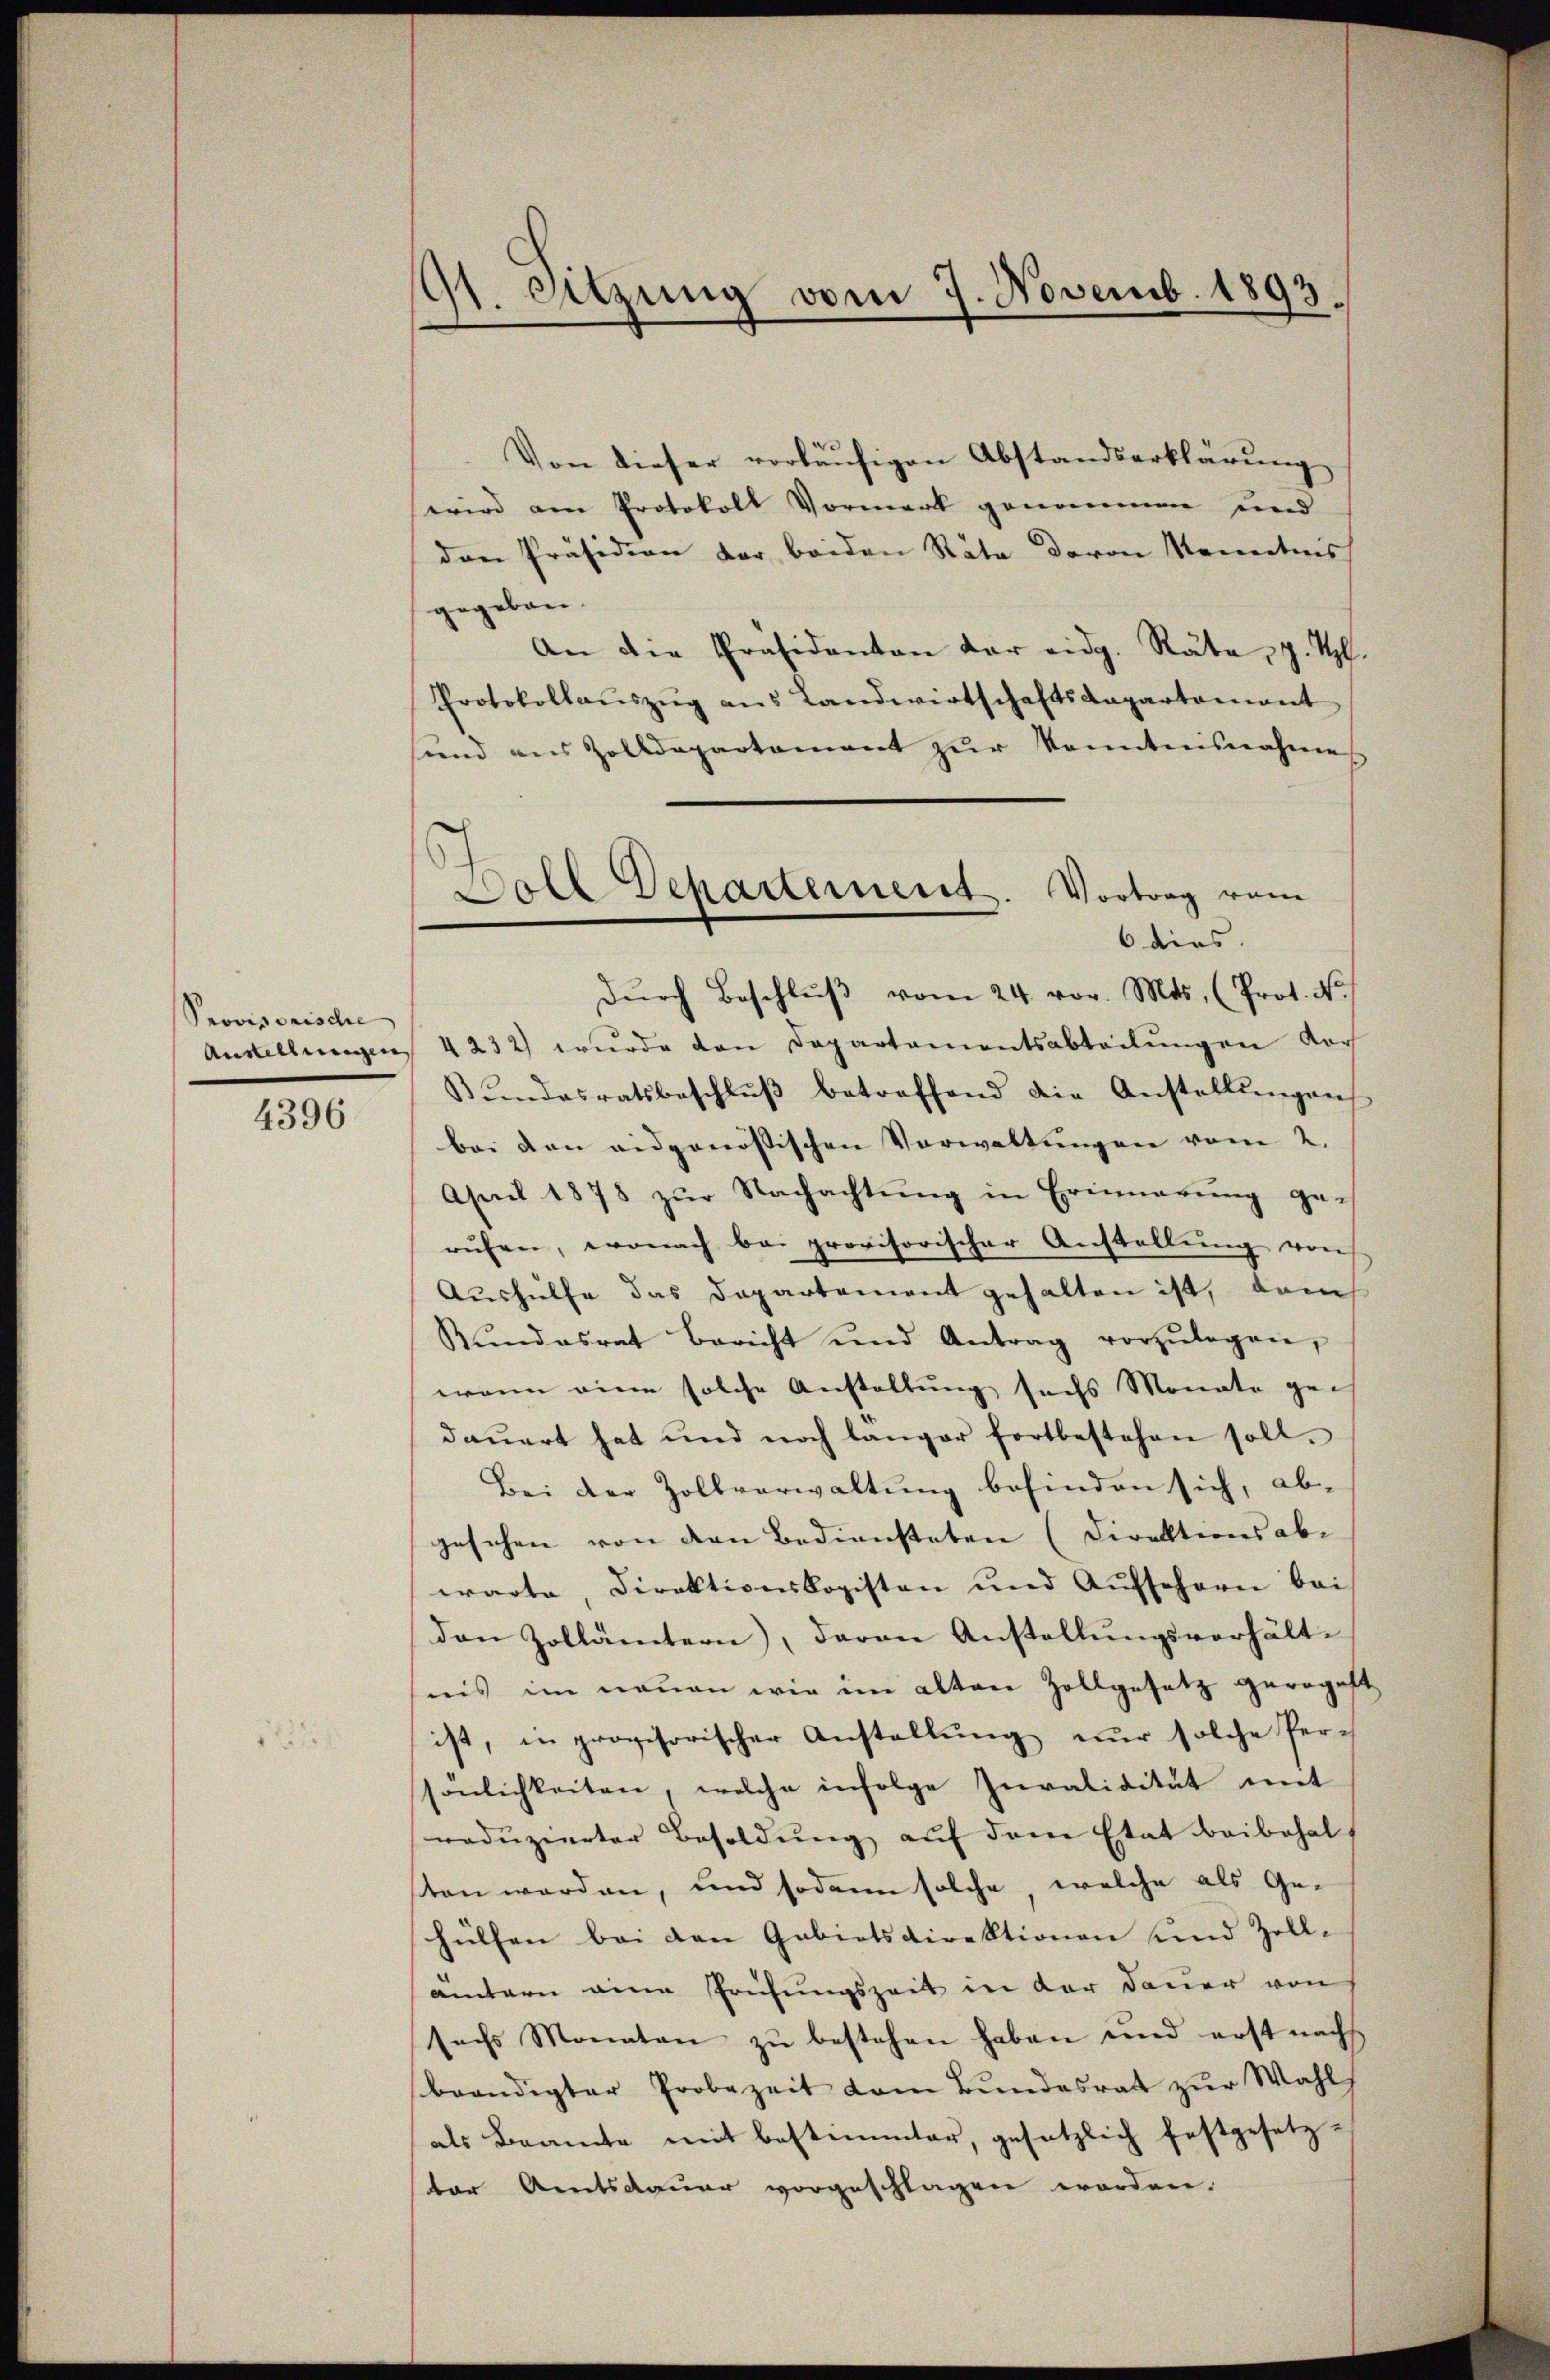
Provisorische
Anstellungen

4396

dt. Sitzung vom 7. Novemb. 1893.

Von dieser vorläufigen Abstandserklärung
wird am Protokoll Vormerk genommen und
den Präsidion der beiden Räte davon Sonntens
gegeben.
An die Präsidenten der eidg. Rata, p. T
Protokollaŭszŭg ans Landwirtschaftsdepartamant
sind aus Zolldepartement zŭr Kenntnisnahmes
Dŭrch Beschlŭβ vom 24. vor. Mts. (Prot. N.
4232) wurde den Departamentsabteilŭngen vor
Bŭndesratsbeschlŭβ betreffend die Anstellŭngen
bei den eidgenössischen Vorwaltungen vom 2.
April 1878 zŭr Nachachtŭng in Erinnerung ge-
rŭfen, wonach bei provisorischer Anstellŭng von
Aushülfe das Departement gehalten ist, dam
Rŭndesrat Bericht und Antrag vorzŭlegen,
wenn eine solche Anstaltung sechs Monate gedaŭert hat und noch langer fortbestehen soll.
Bei der Zollverwaltung befinden sich, ab-
gesehen von den Bediensteten (Direktionsabwarte, Direktionslogisten und Aŭfschern bei
den Zollämtern, davon Anstellŭngsverhält-
nis im neuen wir im alten Zollgesetz geregelt
ist, in provisorischer Anstellung nur solche Per-
ssönlichkeiten, welche infolge Invalidität mit
redŭzierter Besoldŭng auf dem Etat beibehal
sten werden, und sodann solche, welche als Gehülfen bei den Gebietsdirektionen und Zoll-
ämtern eine Prüfungszeit in der Dauer von
sechs Monaten zŭ bestehen haben und erst nachs
beendigter Probezeit vom Bŭndesrat zŭr Wahl
als Beamte mit bestimmter, gesetzlich festgesetz-
ter Amtsdauer vorgeschlagen worden.

Doll Departement. Vortrag vom
6 dies